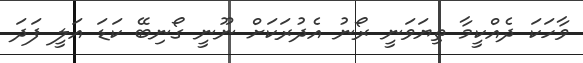
ވާހަކަ ދެއްކީމާ ތިޔަވަނީ ރޯނު އެދުރަކަށް ނޫނީ ގޯނިބޭ ކަޑަ އަލީ ފަދަ